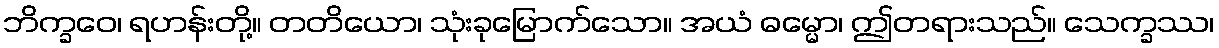
ဘိက္ခဝေ၊ ရဟန်းတို့။ တတိယော၊ သုံးခုမြောက်သော။ အယံ ဓမ္မော၊ ဤတရားသည်။ သေက္ခဿ၊